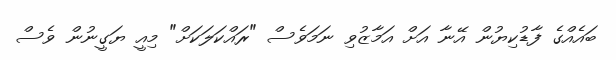
ބައެއްގެ ފާޑުކިޔުން އޭނާ އަށް އަމާޒުވި ނަމަވެސް "ރައްކަލަކަށް" މިއީ ޔަގީނުން ވެސް